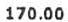
170.00